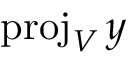
\operatorname { p r o j } _ { V } y